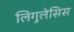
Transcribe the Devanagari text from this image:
लिगुलेसिस